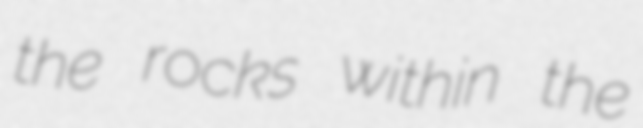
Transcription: the rocks within the